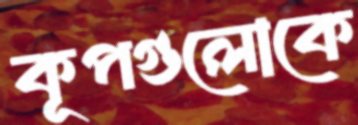
কূপগুলোকে